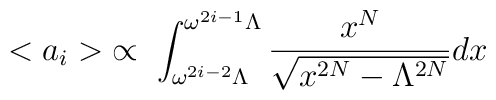
<a_i> \;  \propto \; \int_{\omega^{2i-2} \Lambda}^{\omega^{2i-1}\Lambda} \frac{x^N}{\sqrt{x^{2N}-\Lambda^{2N}}} dx